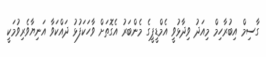
ގާސިމް އިބުރާހިމް މިއަދު ވިދާޅުވީ އެމްޑީޕީގެ މެންބަރު އެގޮތަށް ވާހަކަފުޅު ދައްކަވާ އަނިޔާވެރިވުމަކީ